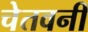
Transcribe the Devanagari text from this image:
चेतवनी